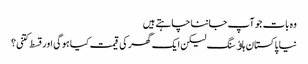
وہ بات جو آپ جاننا چاہتے ہیں
نیا پاکستان ہاﺅسنگ لیکن ایک گھر کی قیمت کیا ہوگی اور قسط کتنی؟